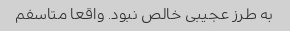
به طرز عجیبی خالص نبود. واقعا متاسفم